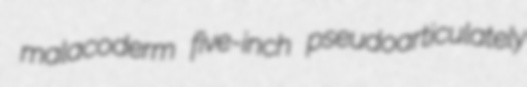
malacoderm five-inch pseudoarticulately